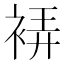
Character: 𧚂